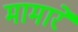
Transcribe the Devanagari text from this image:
मामारे